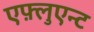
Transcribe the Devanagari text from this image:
एफ़्लुएन्ट